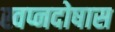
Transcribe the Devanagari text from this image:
स्वप्नदोषास